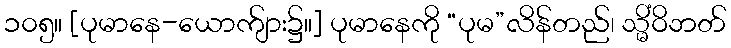
၁၀၅။ [ပုမာနေ-ယောက်ျား၌။] ပုမာနေကို “ပုမ”လိန်တည်၊ သ္မိံဝိဘတ်